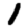
Digit: 1